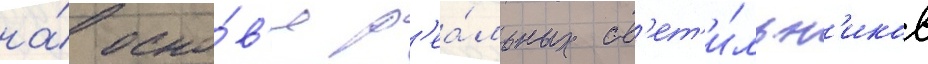
на́ осно́в'е р'еа́льных св'ет'и́льн'иков